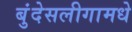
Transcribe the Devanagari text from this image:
बुंदेसलीगामधे